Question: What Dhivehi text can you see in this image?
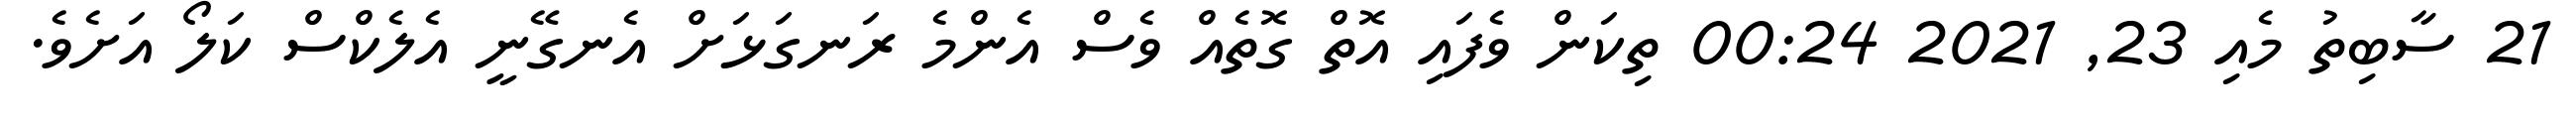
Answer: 21 ސާބިތު މެއި 23, 2021 00:24 ތިކަން ވެފައި އޮތް ގޮތެއް ވެސް އެންމެ ރަނގަޅަށް އެނގޭނީ އެލެކްސް ކަލޯ އަށެވެ.